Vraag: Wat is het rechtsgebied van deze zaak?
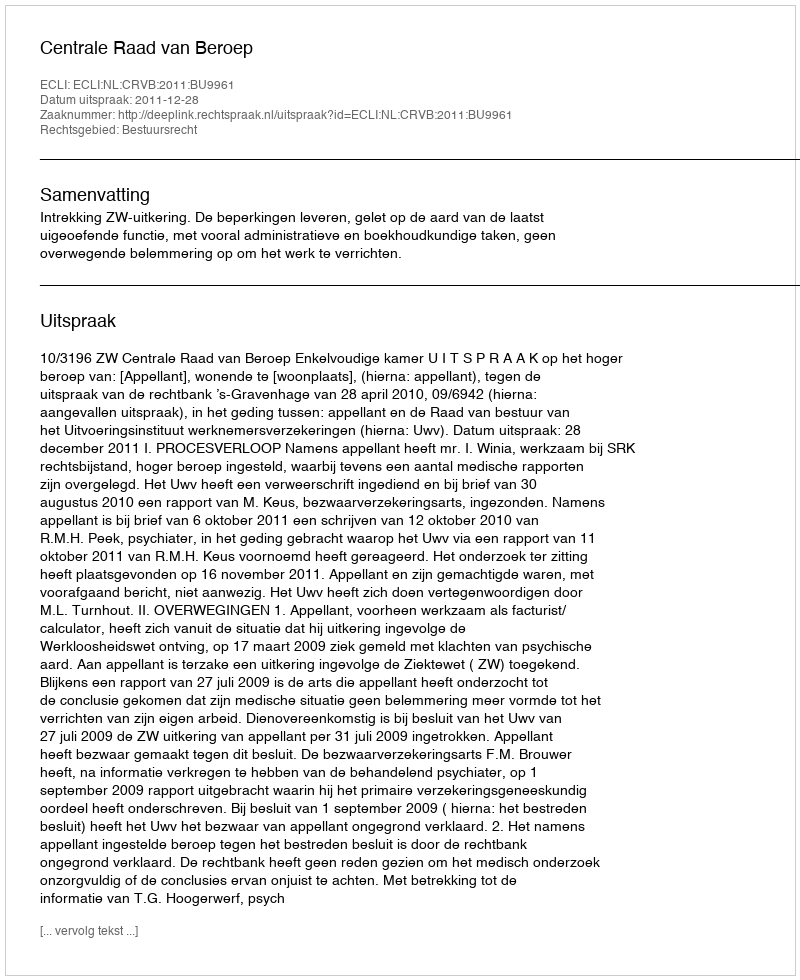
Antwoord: Bestuursrecht